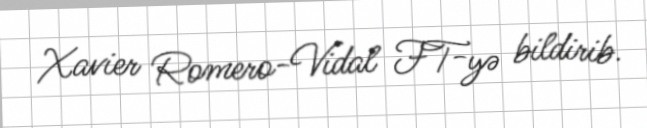
Xavier Romero-Vidal FT-yə bildirib.